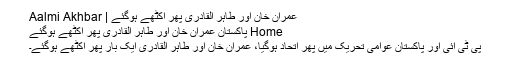
عمران خان اور طاہر القادری پھر اکٹھے ہوگئے | Aalmi Akhbar
Home پاکستان عمران خان اور طاہر القادری پھر اکٹھے ہوگئے
پی ٹی آئی اور پاکستان عوامی تحریک میں پھر اتحاد ہوگیا، عمران خان اور طاہر القادری ایک بار پھر اکٹھے ہوگئے۔